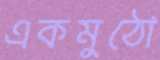
একমুঠো